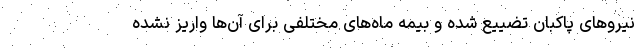
نیروهای پاکبان تضییع شده و بیمه ماه‌های مختلفی برای آن‌ها واریز نشده